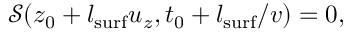
\mathcal { S } ( z _ { 0 } + l _ { \mathrm { s u r f } } u _ { z } , t _ { 0 } + l _ { \mathrm { s u r f } } / v ) = 0 ,